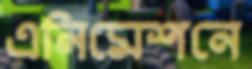
এনিমেশনে